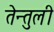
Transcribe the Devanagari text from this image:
तेन्तुली